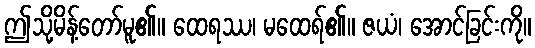
ဤသို့မိန့်တော်မူ၏။ ထေရဿ၊ မထေရ်၏။ ဇယံ၊ အောင်ခြင်းကို။